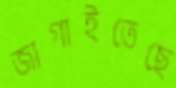
জাগাইতেছে